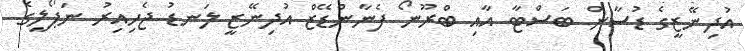
އުދިނޭޒީގެ ޑުސާން ބަސްޓާ އާއި ބްރޫނޯ ފެނާންޑޭޒް އުދިނޭޒީ ލަނޑު ޖެހިއިރު ނަޕޯލީގެ